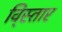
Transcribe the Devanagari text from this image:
वि्स्तार